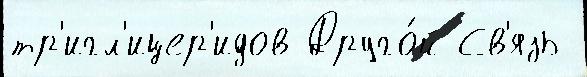
тр'игл'ицер'идов Друго́й Св'язь